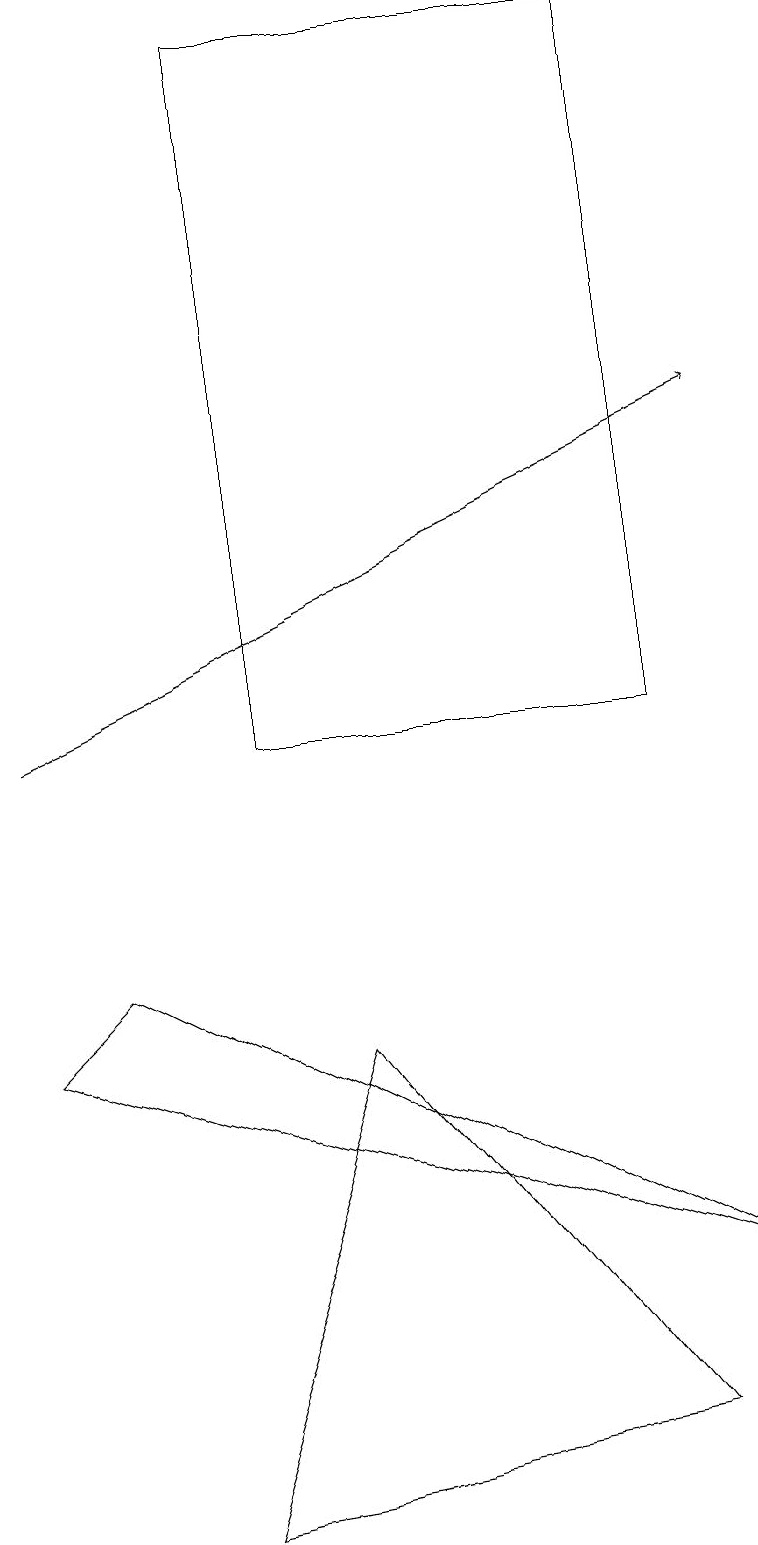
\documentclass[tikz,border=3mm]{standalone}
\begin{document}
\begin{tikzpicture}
\draw[->] (0,10) -- (9,14);
\draw (8,10) rectangle (3,19);
\draw (2,0) -- (8,1) -- (4,6) -- cycle;
\draw (0,6) -- (1,7) -- (9,3) -- cycle;
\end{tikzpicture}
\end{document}